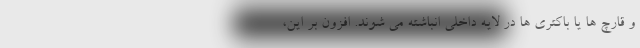
و قارچ ها یا باکتری ها در لایه داخلی انباشته می شوند. افزون بر این،